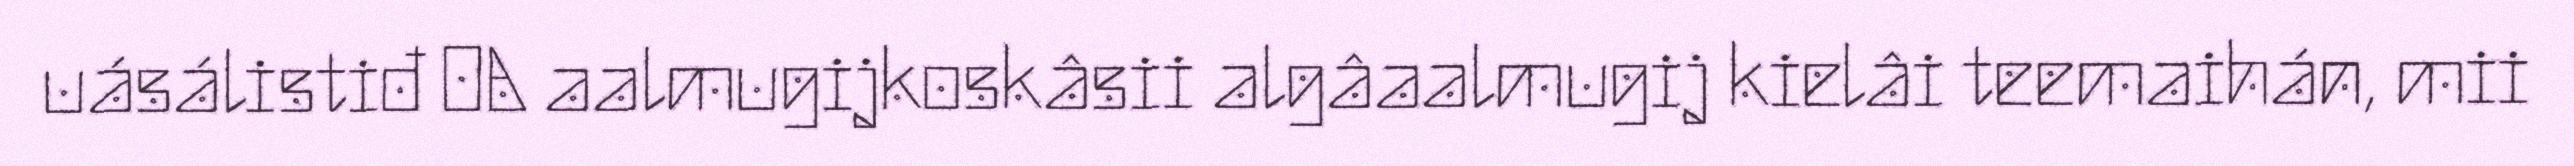
uásálistiđ OA aalmugijkoskâsii algâaalmugij kielâi teemaihán, mii